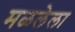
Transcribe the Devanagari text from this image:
मळलेला